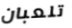
تلعبان